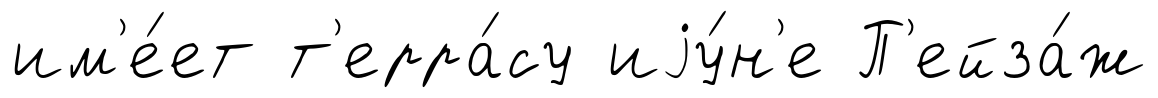
им'е́ет т'ерра́су иjу́н'е П'ейза́ж